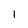
Character: 1